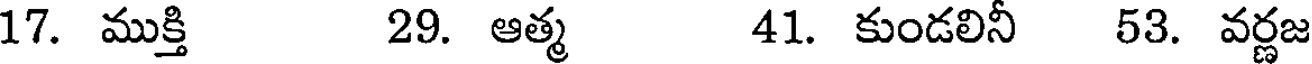
17. ముక్తి 29. ఆత్మ 41. కుండలినీ 53. వర్ణజ